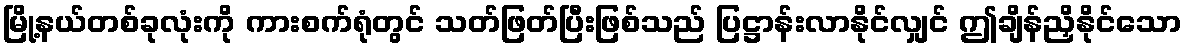
မြို့နယ်တစ်ခုလုံးကို ကားစက်ရုံတွင် သတ်ဖြတ်ပြီးဖြစ်သည် ပြဋ္ဌာန်းလာနိုင်လျှင် ဤချိန်ညှိနိုင်သော